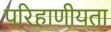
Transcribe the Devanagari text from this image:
परिहाणीयता